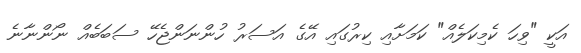
އަކީ "ވިހަ ކެމިކަލެއް" ކަމަށާއި ކިރުގައި އޭގެ އަސަރު ހުންނަންޖެހޭ ސަބަބެއް ނޯންނާނެ